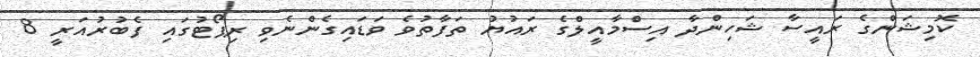
ކޮމިޝަންގެ ރައީސާ ޝަހިންދާ އިސްމާއީލްގެ ރައުޔު ތަފާތުވެ ވަޑައިގެންނެވި ރިޕޯޓުގައި ފެބުރުއަރީ 8